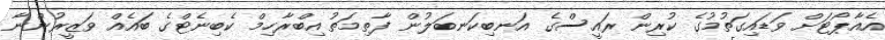
އެއާޕޯޓަށް ވަޑައިގަތުމުގެ ކުރިން ރައީސްގެ އަނބިކަނބަލުން ފާތިމަތު އިބްރާހިމް ކެބިނެޓްގެ ބައެއް ވަޒީރުންނާ